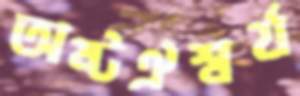
অষ্টঐশ্বর্য